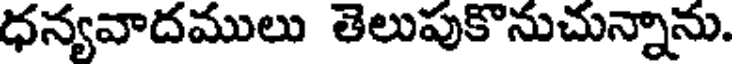
ధన్యవాదములు తెలుపుకొనుచున్నాను.